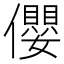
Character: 𪝼